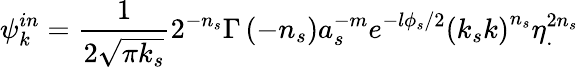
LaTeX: \psi_{k}^{in}=\frac{1}{2\sqrt{\pi k_{s}}}2^{-n_{s}}\Gamma\left(-n_{s}\right)a_{s}^{-m}e^{-l\phi_{s}/2}\left(k_{s}k\right)^{n_{s}}\eta_{.}^{2n_{s}}